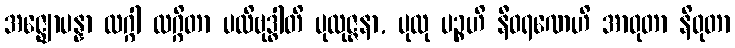
အဇ္ဈောပန္နာ လဂ္ဂါ လဂ္ဂိတာ ပလိဗုဒ္ဓါတိ ပုထုဇ္ဇနာ, ပုထု ပဉ္စဟိ နီဝရဏေဟိ အာဝုတာ နိဝုတာ